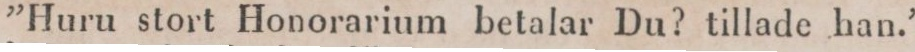
”Huru stort Honorarium betalar Du? tillade han.”